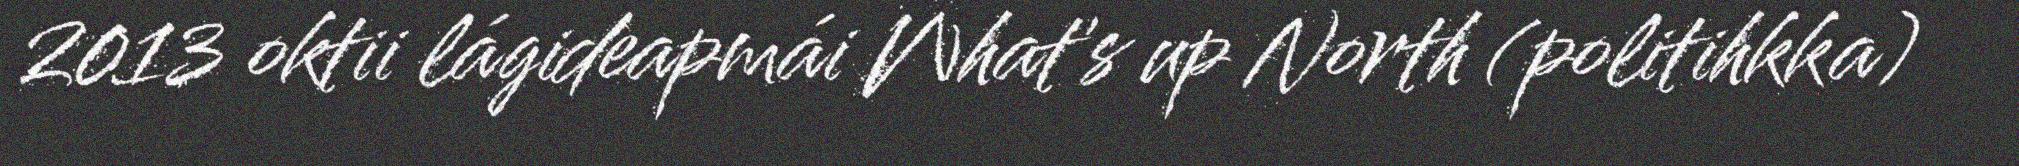
2013 oktii lágideapmái What's up North (politihkka)